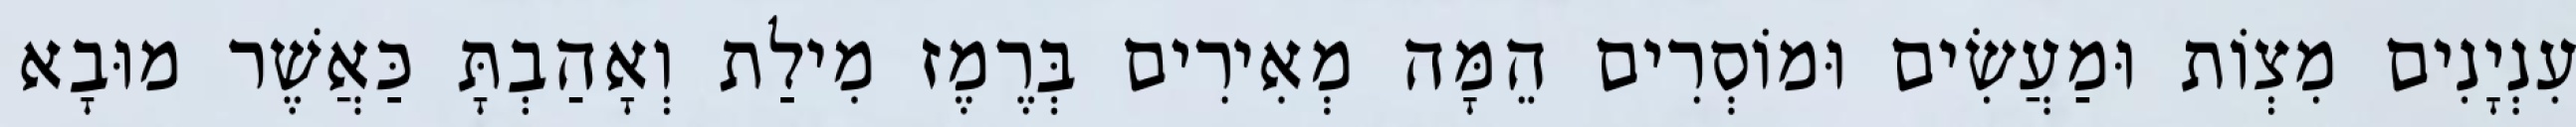
עִנְיָנִים מִצְוֹת וּמַעֲשִׂים וּמוֹסְרִים הֵמָּה מְאִירִים בְּרֶמֶז מִילַת וְאָהַבְתָּ כַּאֲשֶׁר מוּבָא